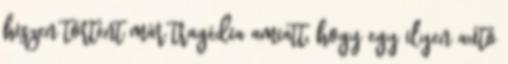
hiszen történt már tragédia amiatt, hogy egy ilyen autó